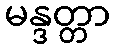
မန္ဒတ္တာ